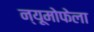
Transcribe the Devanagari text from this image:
न्यूमोफेला